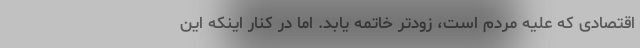
اقتصادی که علیه مردم است، زودتر خاتمه یابد. اما در کنار اینکه این